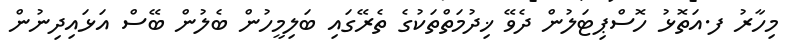
މިހާރު ފ.އަތޮޅު ހޮސްޕިޓަލުން ދެވޭ ޚިދުމަތްތަކުގެ ތެރޭގައި ބަލިމީހުން ބެލުން ބޭސް އަޅައިދިނުން